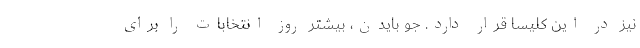
نیز در این کلیسا قرار دارد. جو بایدن، بیشترِ روز انتخابات را برای